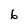
Character: 6